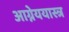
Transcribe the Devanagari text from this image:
आग्नेययास्त्र